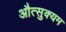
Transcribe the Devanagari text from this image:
औत्सुक्यम